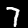
Digit: 7